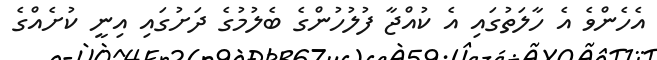
އެހެންވެ އެ ހާލަތުގައި އެ ކުއްޖާ ފުލުހުންގެ ބެލުމުގެ ދަށުގައި އިނީ ކުށެއްގެ